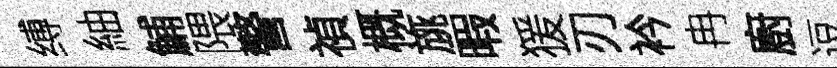
缚紬鯆隈警禎概旐暇猨刃衿冉廚逗